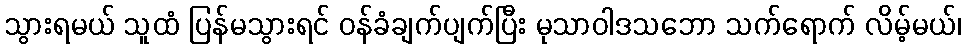
သွားရမယ် သူထံ ပြန်မသွားရင် ဝန်ခံချက်ပျက်ပြီး မုသာဝါဒသဘော သက်ရောက် လိမ့်မယ်၊